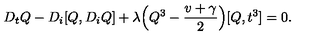
D _ { t } Q - D _ { i } [ Q , D _ { i } Q ] + { \lambda } \Big ( Q ^ { 3 } - \frac { v + \gamma } { 2 } \Big ) [ Q , t ^ { 3 } ] = 0 .